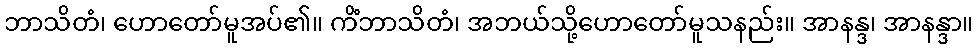
ဘာသိတံ၊ ဟောတော်မူအပ်၏။ ကိံဘာသိတံ၊ အဘယ်သို့ဟောတော်မူသနည်း။ အာနန္ဒ၊ အာနန္ဒာ။